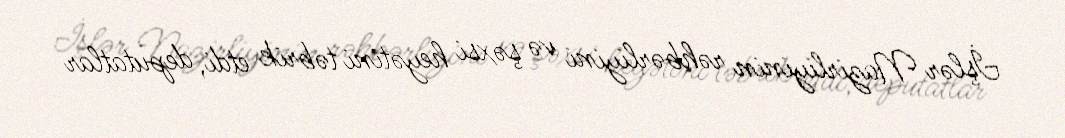
İşlər Nazirliyinin rəhbərliyini və şəxsi heyətini təbrik etdi, deputatlar